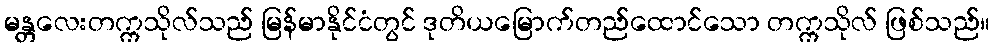
မန္တလေးတက္ကသိုလ်သည် မြန်မာနိုင်ငံတွင် ဒုတိယမြောက်တည်ထောင်သော တက္ကသိုလ် ဖြစ်သည်။